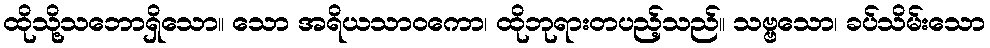
ထိုသို့သဘောရှိသော။ သော အရိယသာဝကော၊ ထိုဘုရားတပည့်သည်။ သဗ္ဗသော၊ ခပ်သိမ်းသော